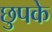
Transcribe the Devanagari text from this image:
छुपके